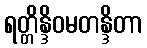
ရတ္တိန္ဒိဝမတန္ဒိတာ